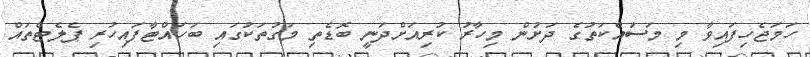
ހަމަޖެހިފައިވާ މި މަސައްކަތުގެ ދަށުން މިހާރު ކުރިއަށްދަނީ ބޮޑެތި މަގުތަކުގައި ބަހައްޓާފައިހުރި ޕެލެޓްތައް